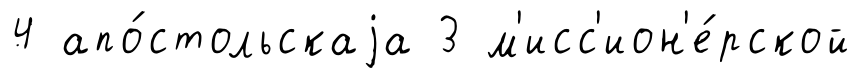
4 апо́стольскаjа 3 м'исс'ион'е́рской